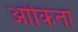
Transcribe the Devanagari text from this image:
ओकितो